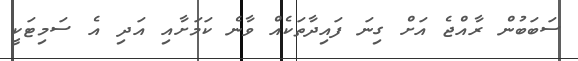
ސަބަބުން ރާއްޖެ އަށް ގިނަ ފައިދާތަކެއް ވާނެ ކަމަށާއި އަދި އެ ސަމިޓަކީ